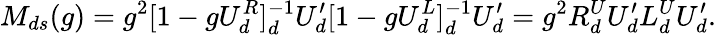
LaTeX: M_{ds}(g)=g^{2}[1-gU_{d}^{R}]_{d}^{-1}U_{d}^{\prime}[1-gU_{d}^{L}]_{d}^{-1}U_{d}^{\prime}=g^{2}R_{d}^{U}U_{d}^{\prime}L_{d}^{U}U_{d}^{\prime}.